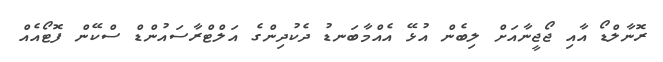
ރޮނާލްޑޯ އާއި ޖޯޖީނާއަށް ލިބެން އުޅޭ އެއްމާބަނޑު ދެކުދިންގެ އަލްޓްރާސައުންޑް ސްކޭން ފޮޓޯއެއް